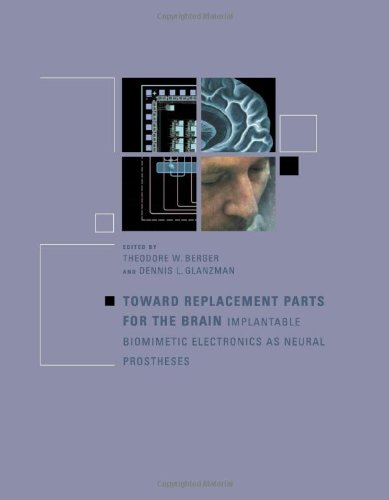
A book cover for Toward Replacement Parts for the Brain: Implantable Biomimetic Electronics as Neural Prostheses; Medical Books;